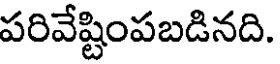
పరివేష్టింపబడినది.